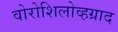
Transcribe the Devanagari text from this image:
वोरोशिलोव्हग्राद